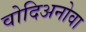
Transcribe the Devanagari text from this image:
वोदिअनोवा